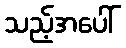
သည့်အပေါ်